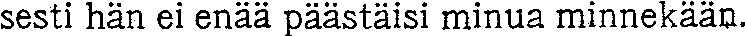
sesti hän ei enää päästäisi minua minnekään.